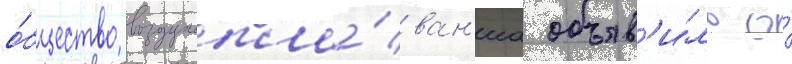
о́бщество воздухопла́ван'иа объяв'и́ло о́